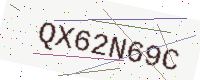
Text: QX62N69C